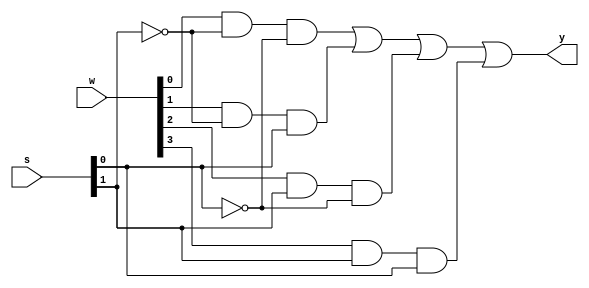
/*--  *******************************************************
--  Computer Architecture Course, Laboratory Sources 
--  Amirkabir University of Technology (Tehran Polytechnic)
--  Department of Computer Engineering (CE-AUT)
--  https://ce[dot]aut[dot]ac[dot]ir
--  *******************************************************
--  All Rights reserved (C) 2019-2020
--  *******************************************************
--  Student ID  : 9831068
--  Student Name: Farshid Nooshi
--  Student Mail: farshidnooshi726@aut.ac.ir
--  *******************************************************
--  Additional Comments:
--
--*/

/*-----------------------------------------------------------
---  Module Name: Multiplexer 4 to 1
---  Description: Lab 05 Part 1
-----------------------------------------------------------*/
`timescale 1 ns/1 ns

module multiplexer4x1(

		input [3:0] w,
		input [1:0]	s,
		output y	
	
    );
	 
	/* write your code here */
	
	 wire [1:0] q;
	 wire [3:0] d;
	 not g1(q[0],s[0]);
	 not g2(q[1],s[1]);
	 and g3(d[0],w[0],q[1],q[0]);
	 and g4(d[1],w[1],q[1],s[0]);
	 and g5(d[2],w[2],s[1],q[0]);
	 and g6(d[3],w[3],s[1],s[0]);
	 or g7(y,d[0],d[1],d[2],d[3]);

	/* write your code here */

endmodule